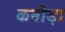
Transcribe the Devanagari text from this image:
कनौड़ा